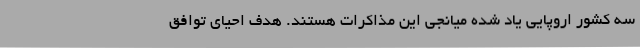
سه کشور اروپایی یاد شده میانجی این مذاکرات هستند. هدف احیای توافق